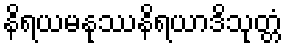
နိရယမနုဿနိရယာဒိသုတ္တံ